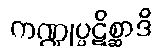
ကဏ္ဍုပ္ပဋိစ္ဆာဒိ